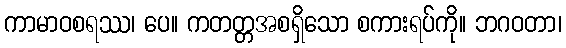
ကာမာဝစရဿ၊ ပေ။ ကတတ္တအစရှိသော စကားရပ်ကို။ ဘဂဝတာ၊